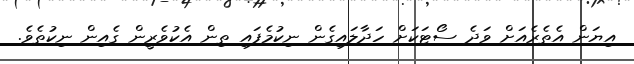
އިޔަން އެތެރެއަށް ވަދެ ސޯޓަކަށް ހަދާލައިގެން ނިކުމެފައި ތިން އެކުވެރީން ގެއިން ނިކުތެވެ.